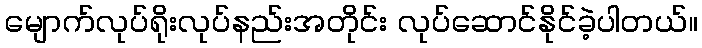
မျောက်လုပ်ရိုးလုပ်နည်းအတိုင်း လုပ်ဆောင်နိုင်ခဲ့ပါတယ်။